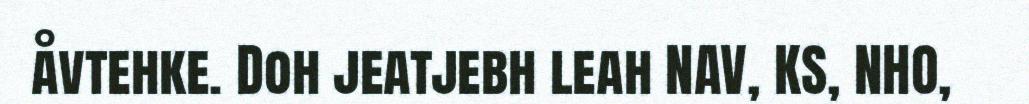
åvtehke. Doh jeatjebh leah NAV, KS, NHO,